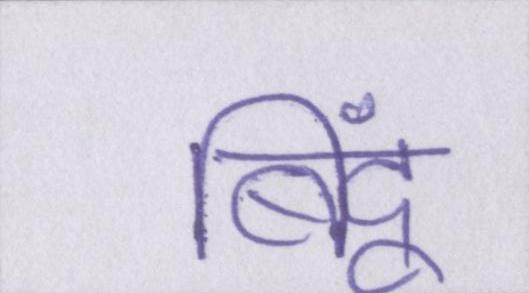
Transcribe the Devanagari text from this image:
बिंदू